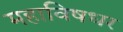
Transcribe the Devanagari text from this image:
महाविषधर